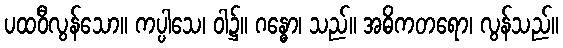
ပထဝီလွန်သော။ ကပ္ပါသေ၊ ဝါ၌။ ဂန္ဓော၊ သည်။ အဓိကတရော၊ လွန်သည်။